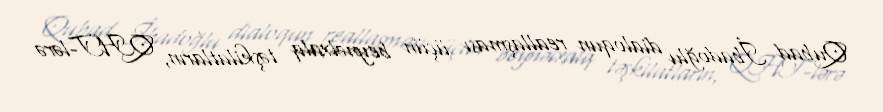
Qubad İbadoğlu dialoqun reallaşması üçün beynəlxalq təşkilatların, QHT-lərə